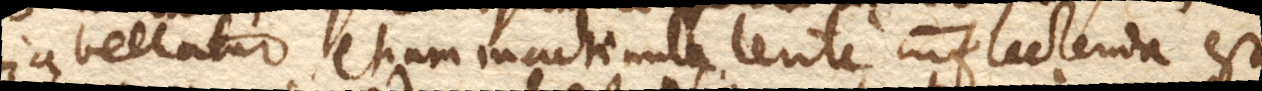
vi avellatur. Etiam machinula lente inflectenda est,